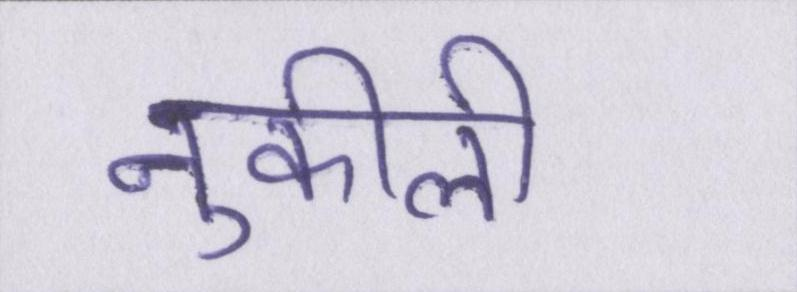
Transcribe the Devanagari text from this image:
नुकीली